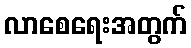
လာစေရေးအတွက်